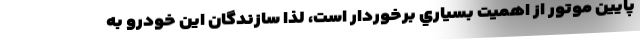
پايين موتور از اهميت بسياري برخوردار است، لذا سازندگان اين خودرو به